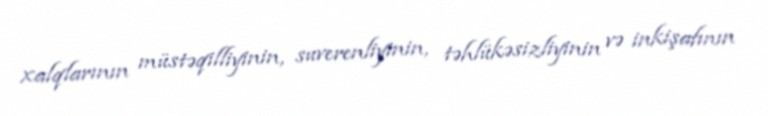
xalqlarının müstəqilliyinin, suverenliyinin, təhlükəsizliyinin və inkişafının